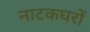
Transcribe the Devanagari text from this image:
नाटकघरों